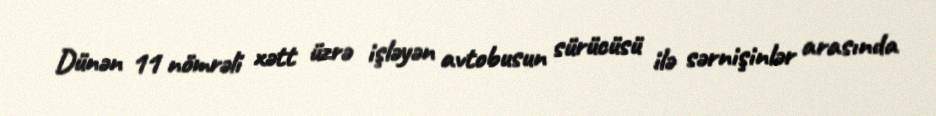
Dünən 11 nömrəli xətt üzrə işləyən avtobusun sürücüsü ilə sərnişinlər arasında